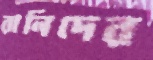
রানিদের